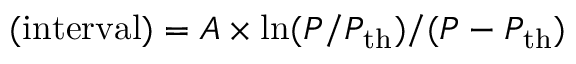
\mathrm { ( i n t e r v a l ) } = A \times \ln ( P / P _ { \mathrm { t h } } ) / ( P - P _ { \mathrm { t h } } )